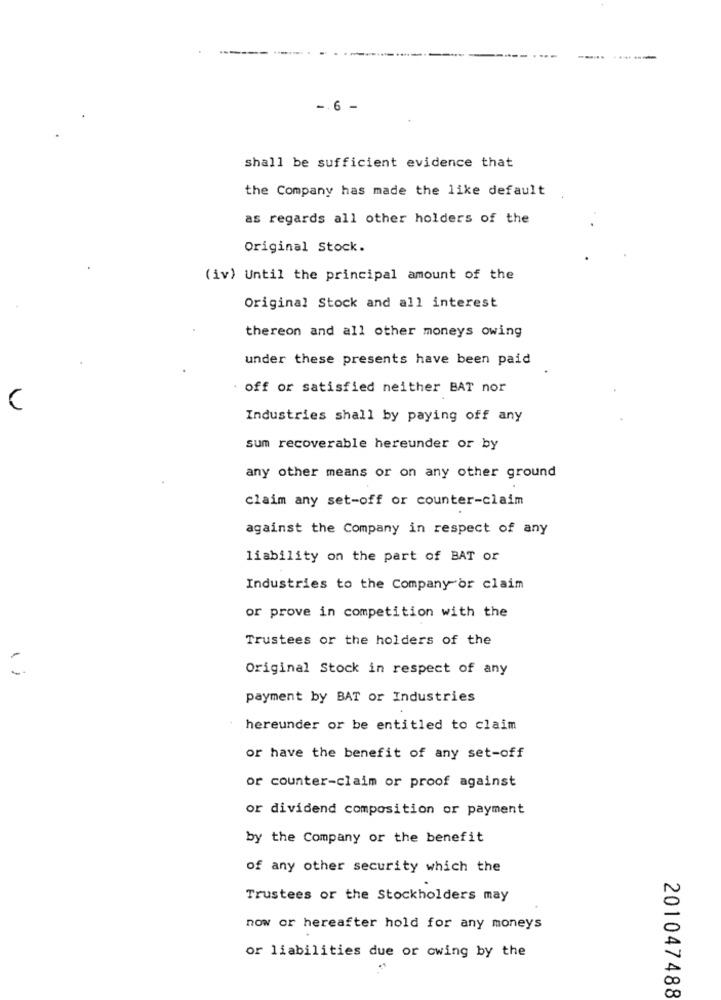
---
-. 6 -
shall be sufficient evidence that
the Company has made the like default
as regards all other holders of the
Original Stock.
(iv) Until the principal amount of the
Original Stock and all interest
thereon and all other moneys owing
under these presents have been paid
off or satisfied neither BAT nor
Industries shall by paying off any
sum recoverable hereunder or by
any other means or on any other ground
claim any set-off or counter-claim
against the Company in respect of any
liability on the part of BAT or
Industries to the Company or claim
or prove in competition with the
Trustees or the holders of the
Original Stock in respect of any
payment by BAT or Industries
hereunder or be entitled to claim
or have the benefit of any set-off
or counter-claim or proof against
or dividend composition or payment
by the Company or the benefit
of any other security which the
Trustees or the Stockholders may
now or hereafter hold for any moneys
or liabilities due or owing by the
201047488